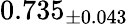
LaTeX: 0.735_{\pm 0.043}